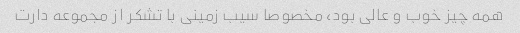
همه چیز خوب و عالی بود، مخصوصا سیب زمینی با تشکر از مجموعه دارت